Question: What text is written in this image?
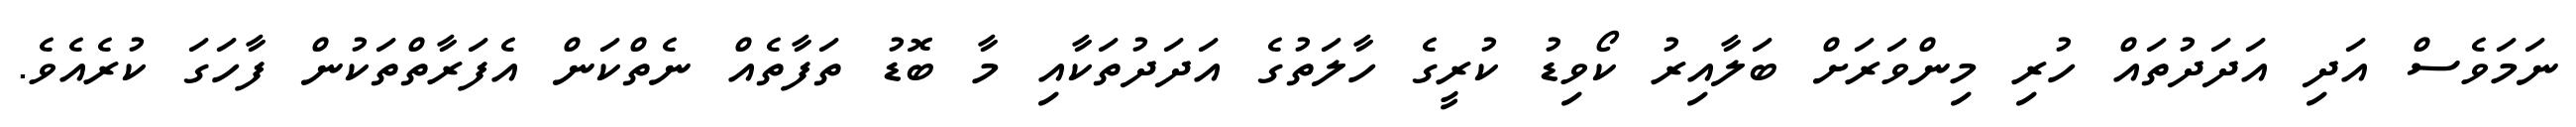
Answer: ނަމަވެސް އަދި އަދަދުތައް ހުރި މިންވަރަށް ބަލާއިރު ކޯވިޑު ކުރީގެ ހާލަތުގެ އަދަދުތަކާއި މާ ބޮޑު ތަފާތެއް ނެތްކަން އެފަރާތްތަކުން ފާހަގަ ކުރެއެވެ.